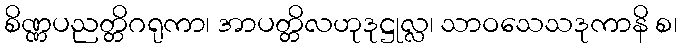
စိဏ္ဏပညတ္တိဂရုကာ၊ အာပတ္တိလဟုဒုဋ္ဌုလ္လ၊ သာဝသေသဒုကာနိ စ၊